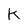
Character: k